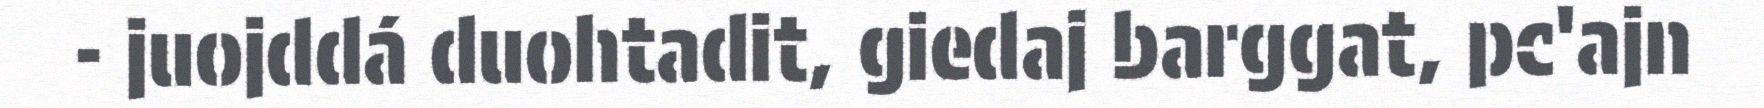
- juojddá duohtadit, giedaj barggat, pc'ajn